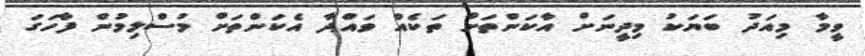
ވީމާ މިއަދު ބަޔަކު މިދީނަށް އާކަންތަށް ތަކެއް ވައްދާ އެކަންތަށް މުސްލިމުން ފާހަގަ